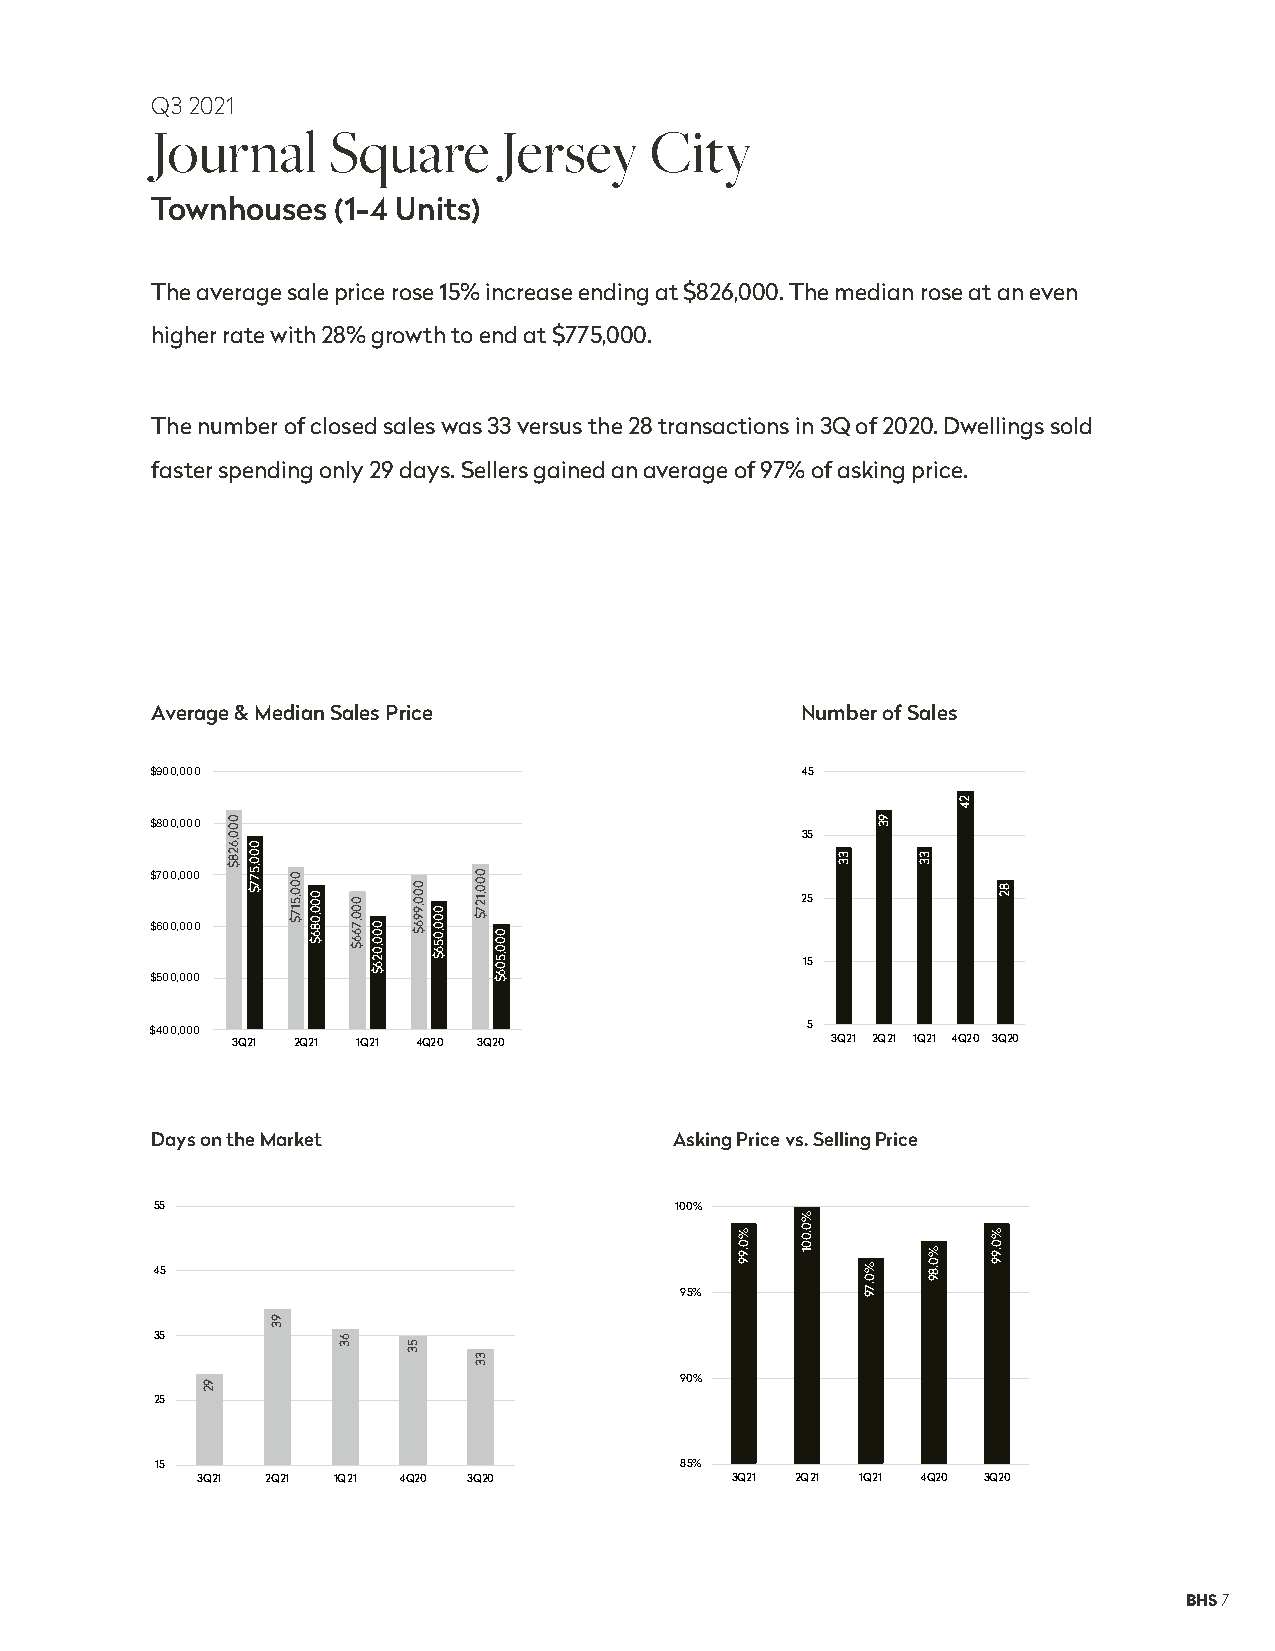
Q3 2021
 Journal     Square     Jersey    City
 Townhouses  (1-4 Units)
 The average sale price rose 15% increase ending at $826,000. The median rose at an even
 higher rate with 28% growth to end at $775,000.
 The number of closed sales was 33 versus the 28 transactions in 3Q of 2020. Dwellings sold
 faster spending only 29 days. Sellers gained an average of 97% of asking price.
 Average & Median Sales Price               Number of Sales
 $900,000                                   45
 $800,000
 35
 $700,000
 25
 $600,000
 15
 $500,000
 $400,000                                   5
 3Q21 2Q21 1Q21 4Q20 3Q20                3Q21 2Q21 1Q21 4Q20 3Q20
 Days on the Market                 Asking Price vs. Selling Price
 55                                 100%
 45
 95%
 35
 90%
 25
 15                                 85%
 3Q21 2Q21 1Q21 4Q20 3Q20           3Q21 2Q21 1Q21 4Q20 3Q20
 BHS 7
 92
 000,628$
 000,577$
 93
 000,517$
 000,086$
 63
 000,766$
 000,026$
 000,996$
 53
 000,056$
 000,127$
 33
 000,506$
 %0.99
 %0.001
 33
 %0.79
 93
 33
 %0.89
 24
 %0.99
 82